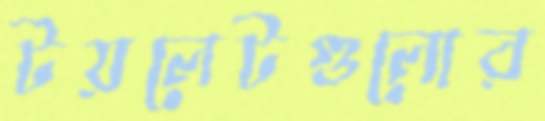
টয়লেটগুলোর